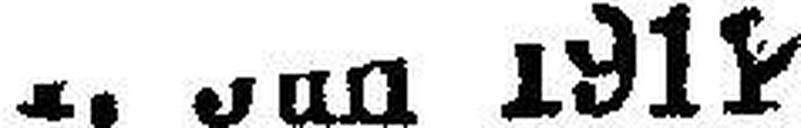
1. Juli 1911